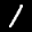
Label: 1